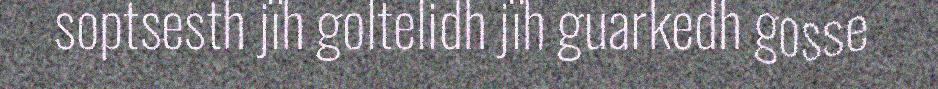
soptsesth jïh goltelidh jïh guarkedh gosse